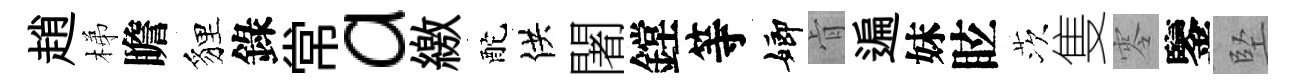
趙梯瞻貍錄常a繳酡供闍鏜等嫏肻遍妹眩茨隻零鑒堅